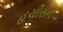
હચીસન